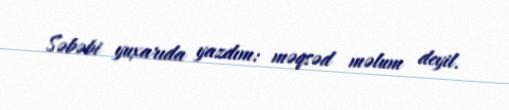
Səbəbi yuxarıda yazdım: məqsəd məlum deyil.